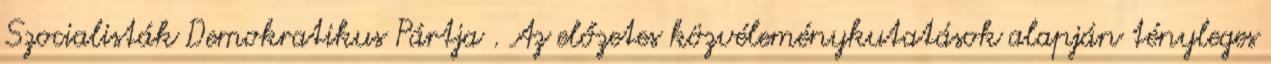
Szocialisták Demokratikus Pártja . Az előzetes közvéleménykutatások alapján tényleges